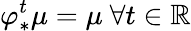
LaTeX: \varphi_{*}^{t}\mu=\mu~\forall t\in\mathbb{R}